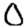
Digit: 0